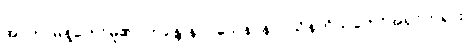
အာဟ၊ မိန့်တော်မူ၏။ ဘန္တေ နာဂသေန၊ နာဂသိန်ကိုယ်တော်အရှင်ဘုရား။